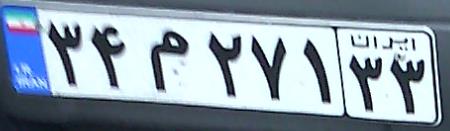
۳۴م۲۷۱۳۳